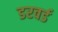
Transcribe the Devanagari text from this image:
डरवर्ड